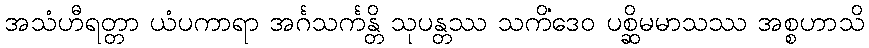
အသံဟီရတ္တာ ယံပကာရာ အင်္ဂသင်္ကန္တိ သုပန္တဿ သကိံဒေဝ ပစ္ဆိမမာသဿ အစ္စဟာသိ